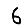
Digit: 6